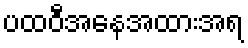
ပထဝီအနေအထားအရ